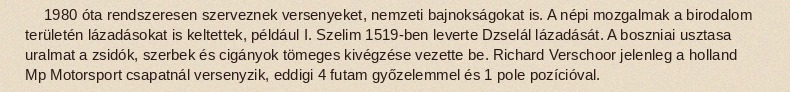
1980 óta rendszeresen szerveznek versenyeket, nemzeti bajnokságokat is. A népi mozgalmak a birodalom területén lázadásokat is keltettek, például I. Szelim 1519-ben leverte Dzselál lázadását. A boszniai usztasa uralmat a zsidók, szerbek és cigányok tömeges kivégzése vezette be. Richard Verschoor jelenleg a holland Mp Motorsport csapatnál versenyzik, eddigi 4 futam győzelemmel és 1 pole pozícióval.